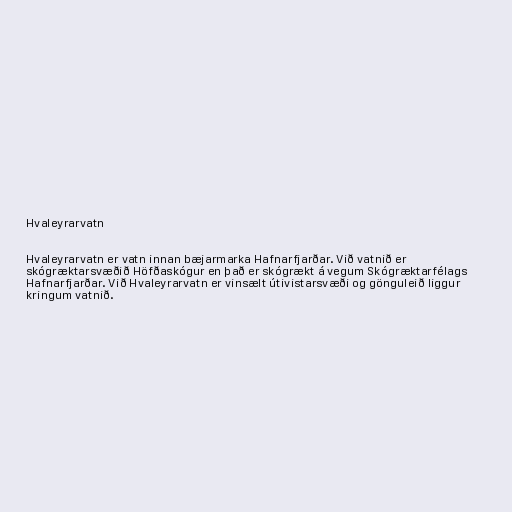
Hvaleyrarvatn

Hvaleyrarvatn er vatn innan bæjarmarka Hafnarfjarðar. Við vatnið er
skógræktarsvæðið Höfðaskógur en það er skógrækt á vegum Skógræktarfélags
Hafnarfjarðar. Við Hvaleyrarvatn er vinsælt útivistarsvæði og gönguleið liggur
kringum vatnið.